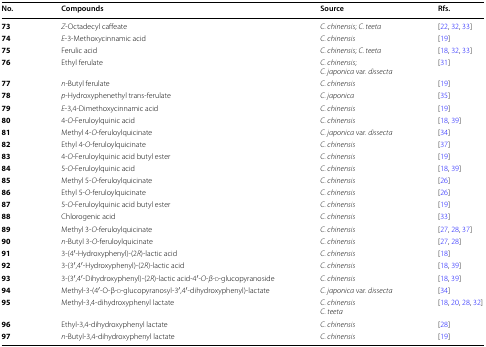
| No. | Compounds | Source | Rfs. |
 | --- | --- | --- | --- |
 | 73 | Z-Octadecyl caffeate | C. chinensis; C. teeta | [22, 32, 33] |
 | 74 | E-3-Methoxycinnamic acid | C. chinensis | [19] |
 | 75 | Ferulic acid | C. chinensis; C. teeta | [18, 32, 33] |
 | 76 | Ethyl ferulate | C. chinensis;C. japonica var. dissecta | [31] |
 | 77 | n-Butyl ferulate | C. chinensis | [19] |
 | 78 | p-Hydroxyphenethyl trans-ferulate | C. japonica | [35] |
 | 79 | E-3,4-Dimethoxycinnamic acid | C. chinensis | [19] |
 | 80 | 4-O-Feruloylquinic acid | C. chinensis | [18, 39] |
 | 81 | Methyl 4-O-feruloylquicinate | C. japonica var. dissecta | [34] |
 | 82 | Ethyl 4-O-feruloylquicinate | C. chinensis | [37] |
 | 83 | 4-O-Feruloylquinic acid butyl ester | C. chinensis | [19] |
 | 84 | 5-O-Feruloylquinic acid | C. chinensis | [18, 39] |
 | 85 | Methyl 5-O-feruloylquicinate | C. chinensis | [26] |
 | 86 | Ethyl 5-O-feruloylquicinate | C. chinensis | [26] |
 | 87 | 5-O-Feruloylquinic acid butyl ester | C. chinensis | [19] |
 | 88 | Chlorogenic acid | C. chinensis | [33] |
 | 89 | Methyl 3-O-feruloylquicinate | C. chinensis | [27, 28, 37] |
 | 90 | n-Butyl 3-O-feruloylquicinate | C. chinensis | [27, 28] |
 | 91 | 3-(4′-Hydroxyphenyl)-(2R)-lactic acid | C. chinensis | [18] |
 | 92 | 3-(3′,4′-Hydroxyphenyl)-(2R)-lactic acid | C. chinensis | [18, 39] |
 | 93 | 3-(3′,4′-Dihydroxyphenyl)-(2R)-lactic acid-4′-O-β-d-glucopyranoside | C. chinensis | [18, 39] |
 | 94 | Methyl-3-(4′-O-β-d-glucopyranosyl-3′,4′-dihydroxyphenyl)-lactate | C. japonica var. dissecta | [34] |
 | 95 | Methyl-3,4-dihydroxyphenyl lactate | C. chinensisC. teeta | [18, 20, 28, 32] |
 | 96 | Ethyl-3,4-dihydroxyphenyl lactate | C. chinensis | [28] |
 | 97 | n-Butyl-3,4-dihydroxyphenyl lactate | C. chinensis | [19] |